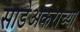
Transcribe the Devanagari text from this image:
साडेअकराच्या